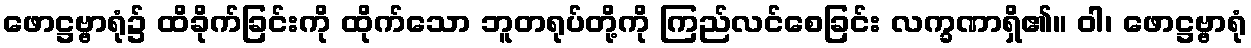
ဖောဋ္ဌဗ္ဗာရုံ၌ ထိခိုက်ခြင်းကို ထိုက်သော ဘူတရုပ်တို့ကို ကြည်လင်စေခြင်း လက္ခဏာရှိ၏။ ဝါ၊ ဖောဋ္ဌဗ္ဗာရုံ